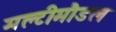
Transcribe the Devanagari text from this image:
मल्टीमौडल